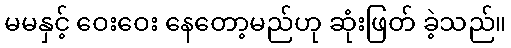
မမနှင့် ဝေးဝေး နေတော့မည်ဟု ဆုံးဖြတ် ခဲ့သည်။